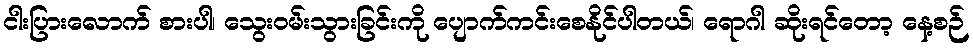
ငါးပြားလောက် စားပါ၊ သွေးဝမ်းသွားခြင်းကို ပျောက်ကင်းစေနိုင်ပါတယ်၊ ရောဂါ ဆိုးရင်တော့ နေ့စဉ်